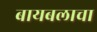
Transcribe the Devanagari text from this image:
बायबलाचा